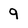
Character: 9